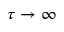
\tau \rightarrow \infty